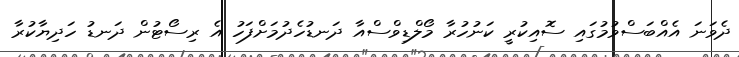
ދެވަނަ އެއްބަސްވުމުގައި ސޮއިކުރީ ކަނުހުރާ މޯލްޑިވްސްއާ ދަނޑުހެދުމަށްފަހު އެ ރިސޯޓުން ދަނޑު ހަދިޔާކުރާ